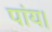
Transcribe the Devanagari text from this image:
पांय।